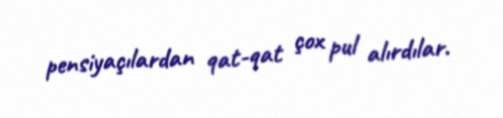
pensiyaçılardan qat-qat çox pul alırdılar.